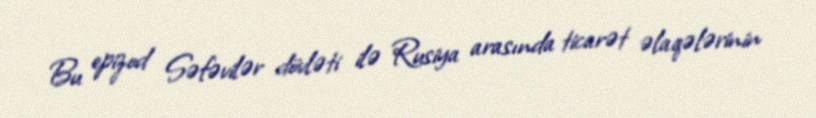
Bu epizod Səfəvilər dövləti ilə Rusiya arasında ticarət əlaqələrinin